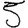
Digit: 5